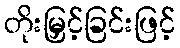
တိုးမြှင့်ခြင်းဖြင့်